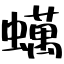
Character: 蠇